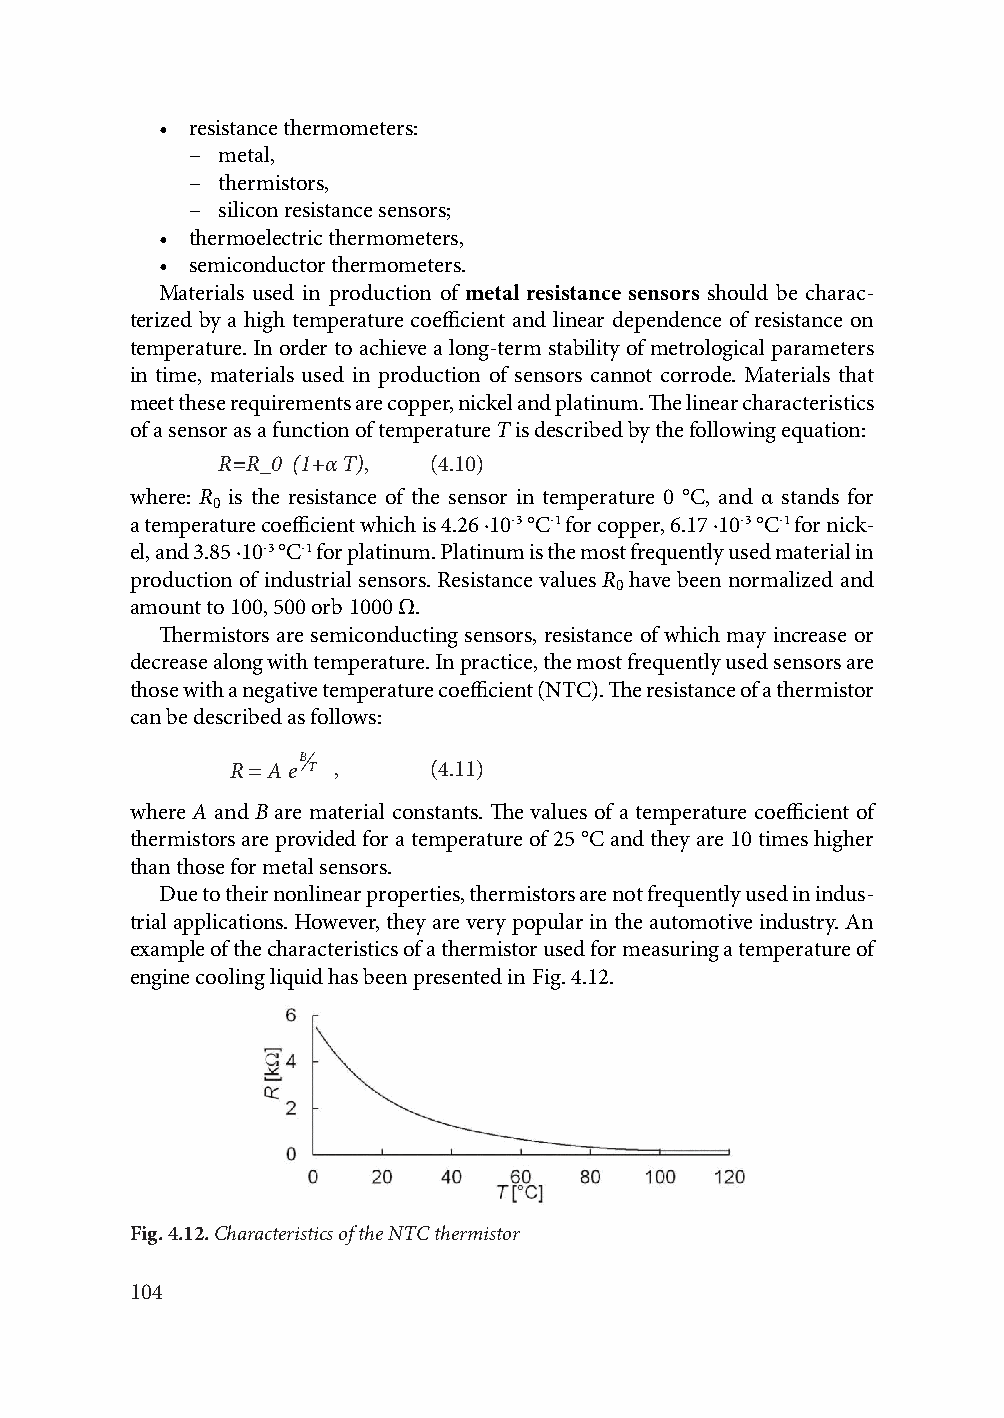
• resistance thermometers:
 – metal,
 – thermistors,
 – silicon resistance sensors;
 • thermoelectric thermometers,
 • semiconductor thermometers.
 Materials used in production of metal resistance sensors should be charac-
 terized by a high temperature coefficient and linear dependence of resistance on
 temperature. In order to achieve a long-term stability of metrological parameters
 in time, materials used in production of sensors cannot corrode. Materials that
 meet these requirements are copper, nickel and platinum. The linear characteristics
 of a sensor as a function of temperature T is described by the following equation:
 R=R_0 (1+α T), (4.10)
 where: R is the resistance of the sensor in temperature 0 °C, and α stands for
 0
 a temperature coefficient which is 4.26 ·10-3 °C-1 for copper, 6.17 ·10-3 °C-1 for nick-
 el, and 3.85 ·10-3 °C-1 for platinum. Platinum is the most frequently used material in
 production of industrial sensors. Resistance values R have been normalized and
 0
 amount to 100, 500 orb 1000 Ω.
 Thermistors are semiconducting sensors, resistance of which may increase or
 decrease along with temperature. In practice, the most frequently used sensors are
 those with a negative temperature coefficient (NTC). The resistance of a thermistor
 can be described as follows:
 B
 RA e T ,     (4.11)
 where A and B are material constants. The values of a temperature coefficient of
 thermistors are provided for a temperature of 25 °C and they are 10 times higher
 than those for metal sensors.
 Due to their nonlinear properties, thermistors are not frequently used in indus-
 trial applications. However, they are very popular in the automotive industry. An
 example of the characteristics of a thermistor used for measuring a temperature of
 engine cooling liquid has been presented in Fig. 4.12.
 Fig. 4.12. Characteristics of the NTC thermistor
 104